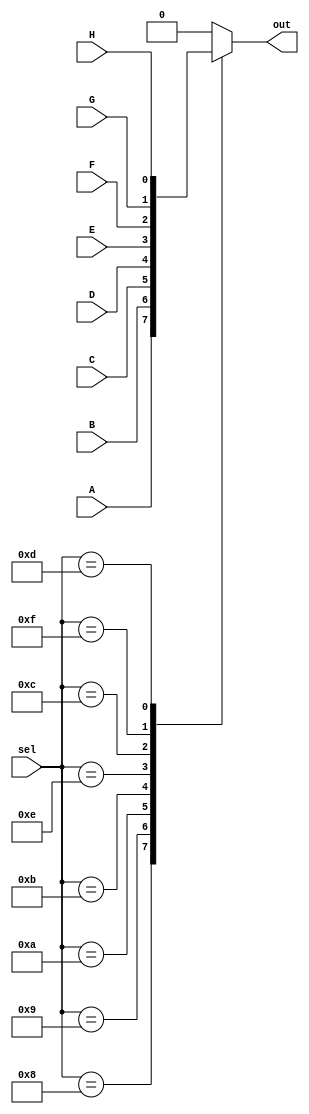
`timescale 1ns / 1ps
//////////////////////////////////////////////////////////////////////////////////
// Company: 
// Engineer: 
// 
// Design Name: 
// Module Name: mux8to1
// Project Name: 
// Target Devices: 
// Tool Versions: 
// Description: 
// 
// Dependencies: 
// 
// Revision:
// Revision 0.01 - File Created
// Additional Comments:
// 
//////////////////////////////////////////////////////////////////////////////////


module mux8to1(
    input A,
    input B,
    input C,
    input D,
    input E,
    input F,
    input G,
    input H,
    input [3:0] sel,
    output reg out
    );
    
always @ * begin 
 case (sel) 
  4'b1000 : out = A; 
  4'b1001 : out = B; 
  4'b1010 : out = C; 
  4'b1011 : out = D; 
  4'b1110 : out = E; 
  4'b1100 : out = F; 
  4'b1111 : out = G;
  4'b1101 : out = H;
  default : out = 0; 
 endcase 
end  

endmodule